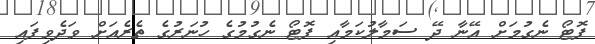
ފޮޓޯ ނެގުމަށް އޭނާ ދޭ ސަމާލުކަމާއި ފޮޓޯ ނެގުމުގެ ހުނަރުގެ ތެރެއަށް ވަދެވިފައި